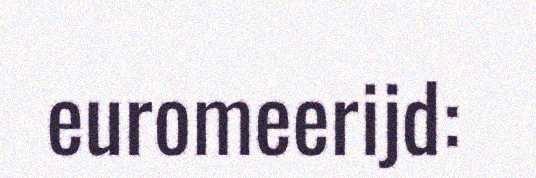
euromeerijd: